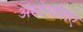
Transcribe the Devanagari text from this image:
अॅस्टेराशिए